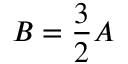
\ B = { \frac { 3 } { 2 } } A